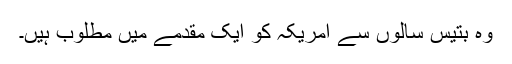
وہ بتیس سالوں سے امریکہ کو ایک مقدمے میں مطلوب ہیں۔